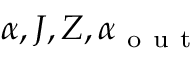
\alpha , J , Z , \alpha _ { \mathrm { ~ o ~ u ~ t ~ } }